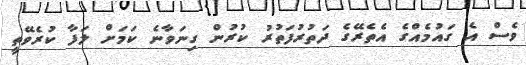
ވެސް އެ ގައުމެއްގެ އެތެރޭގެ ދަތުރުފަތުރު ކުރުން ގިނަވާނެ ކަމަށް ލަފާ ކުރެވޭތީ